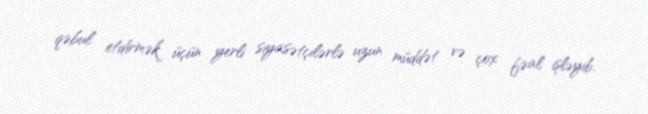
qəbul etdirmək üçün yerli siyasətçilərlə uzun müddət və çox fəal işləyib.